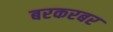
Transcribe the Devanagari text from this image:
बरकरबर